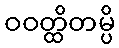
ဝဝတ္ထိတမ္ပိ